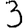
Digit: 3